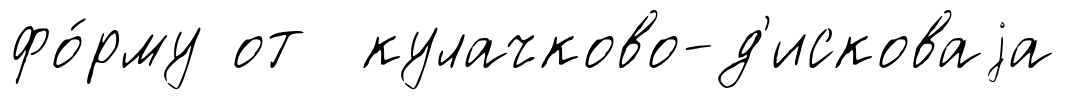
фо́рму от кулачково-д'исковаjа